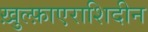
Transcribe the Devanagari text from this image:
ख़ुल्फ़ाएराशिदीन